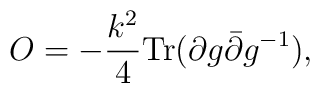
O=-{k^2\over4}\mbox{Tr}(\partial g\bar\partial g^{-1}),